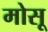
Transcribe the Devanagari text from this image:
मोसू